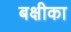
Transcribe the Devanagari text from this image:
बक्षीका